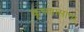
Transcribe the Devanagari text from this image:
कृष्णासागर